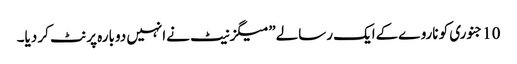
10جنوری کو ناروےکےایک رسالے”میگزنیٹ نےانہیں دوبارہ پرنٹ کر دیا۔